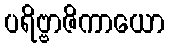
ပရိဗ္ဗာဇိကာယော